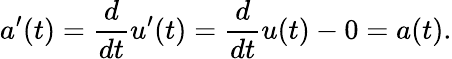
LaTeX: a^{\prime}(t)={\frac{d}{dt}}u^{\prime}(t)={\frac{d}{dt}}u(t)-0=a(t).